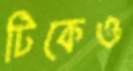
টিকেও